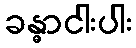
ခန္ဓာငါးပါး